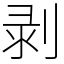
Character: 剥